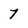
Character: 7